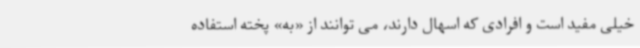
خیلی مفید است و افرادی که اسهال دارند، می توانند از «به» پخته استفاده